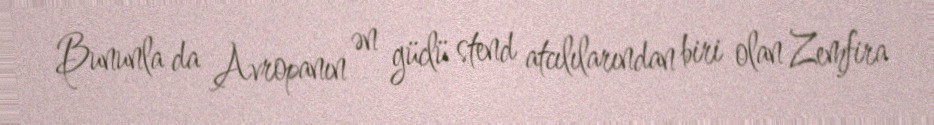
Bununla da Avropanın ən güclü stend atcılılarından biri olan Zemfira